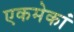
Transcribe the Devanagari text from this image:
एकमेकां